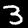
Digit: 3